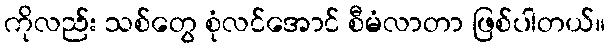
ကိုလည်း သစ်တွေ စုံလင်အောင် စီမံလာတာ ဖြစ်ပါတယ်။